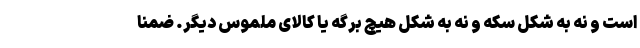
است و نه به شکل سکه و نه به شکل هیچ برگه یا کالای ملموس دیگر. ضمنا